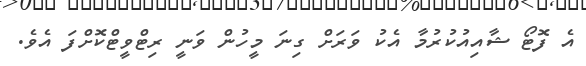
އެ ފޮޓޯ ޝާއިއުކުރުމާ އެކު ވަރަށް ގިނަ މީހުން ވަނީ ރިޓްވީޓްކޮށްފަ އެވެ.